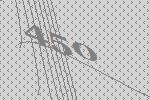
450